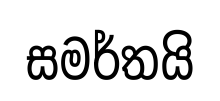
සමර්තයි